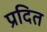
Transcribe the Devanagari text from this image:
प्रदित